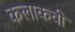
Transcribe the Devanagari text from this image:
कलाकवी